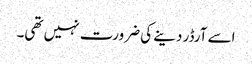
اسے آرڈر دینے کی ضرورت نہیں تھی۔